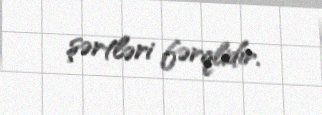
şərtləri fərqlidir.